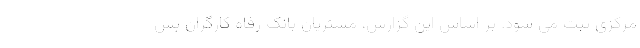
مرکزی ثبت می شود. بر اساس این گزارش، مشتریان بانک رفاه کارگران پس